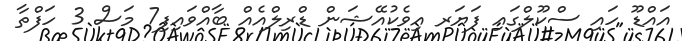
އައްޑޫ ހައި ސްކޫލްގައި ފަޔަރ އިވެކުއޭޝަން ޑްރިލްއެއް ބާއްވައިފި7 މަސް 3 ހަފްތާ